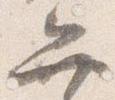
弁